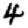
Digit: 4